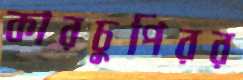
কারচুপিরর